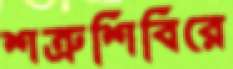
শত্রুশিবিরে